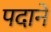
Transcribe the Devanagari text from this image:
पदाने